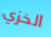
الخزي